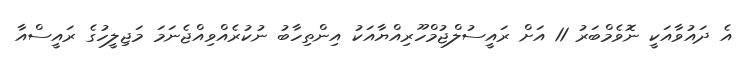
އެ ދައުވާއަކީ ނޮވެމްބަރު 11 އަށް ރައީސުލްޖުމްހޫރިއްޔާއަކު އިންތިހާބު ނުކުރެއްވިއްޖެނަމަ މަޖިލީހުގެ ރައީސްއާ